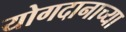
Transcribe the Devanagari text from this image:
योगदानाच्या